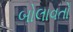
બોલાવતો